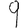
Digit: 9